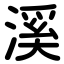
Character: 溪